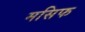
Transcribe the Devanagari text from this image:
मसिफ